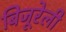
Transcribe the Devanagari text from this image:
बिजूरेली